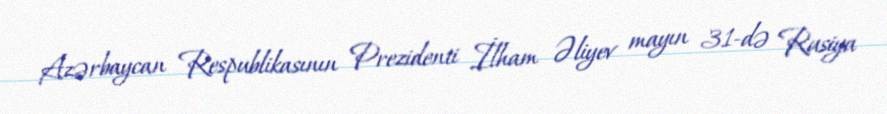
Azərbaycan Respublikasının Prezidenti İlham Əliyev mayın 31-də Rusiya